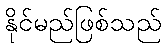
နိုင်မည်ဖြစ်သည်